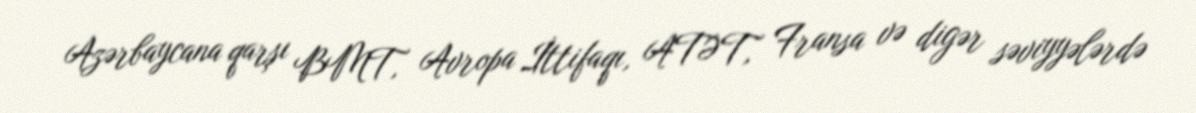
Azərbaycana qarşı BMT, Avropa İttifaqı, ATƏT, Fransa və digər səviyyələrdə